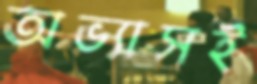
অভ্যাসই